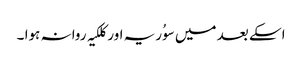
اسکے بعد میں سوُریہ اور کلکیہ روانہ ہوا ۔